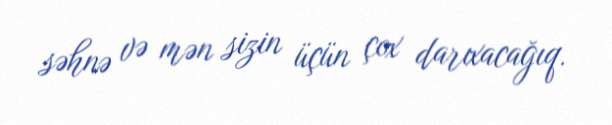
səhnə və mən sizin üçün çox darıxacağıq.